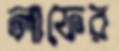
লাফের